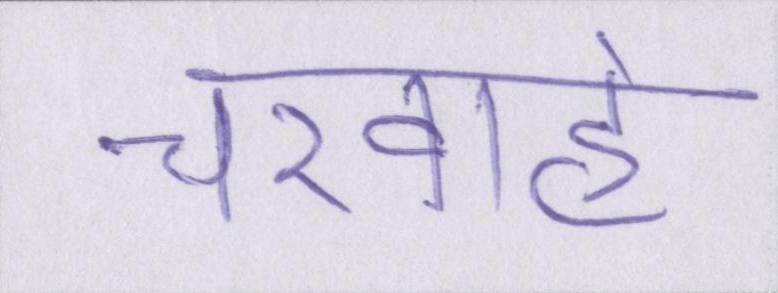
चरवाहे